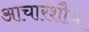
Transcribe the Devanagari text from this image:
आचारशौच